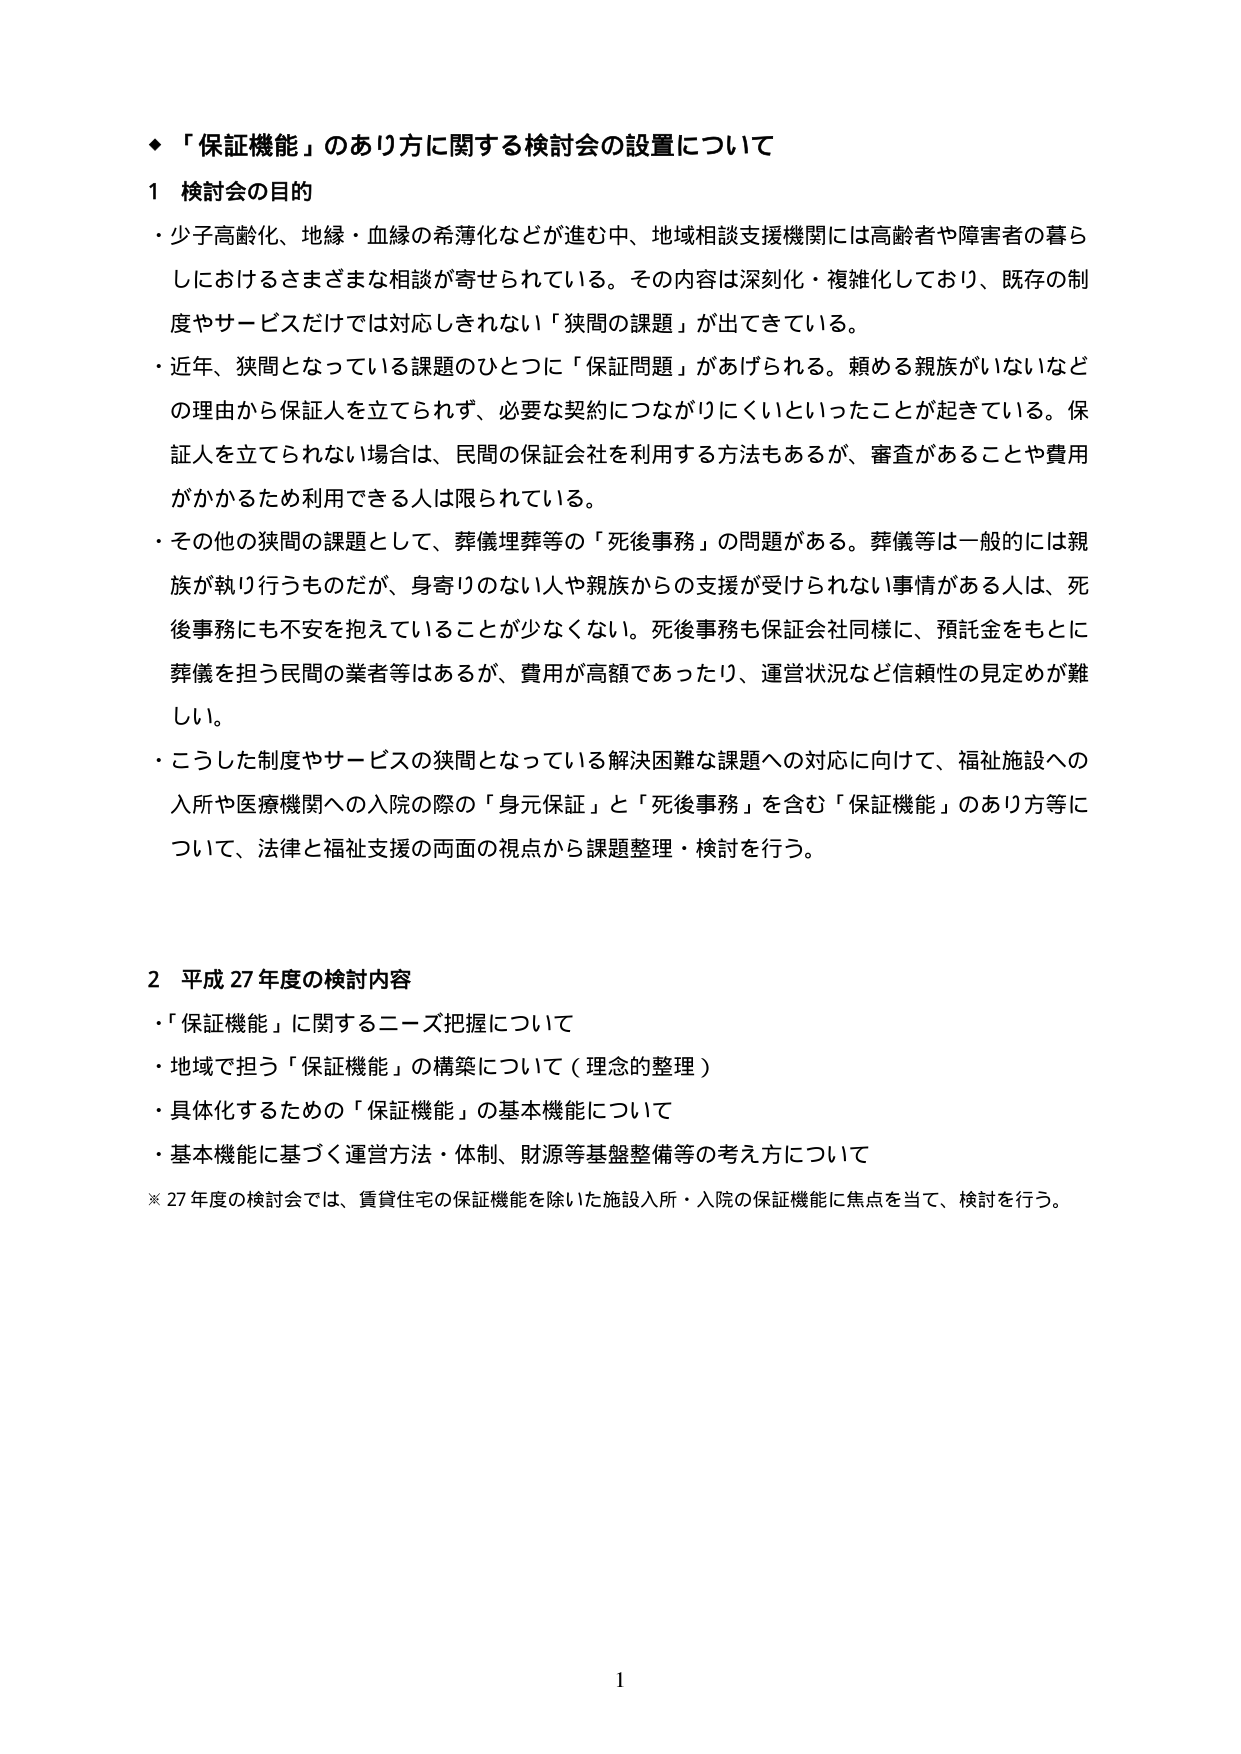
◆「保証機能」のあり方に関する検討会の設置について

1 検討会の目的
・少子高齢化、地縁・血縁の希薄化などが進む中、地域相談支援機関には高齢者や障害者の暮らしにおけるさまざまな相談が寄せられている。その内容は深刻化・複雑化しており、既存の制度やサービスだけでは対応しきれない「狭間の課題」が出てきている。
・近年、狭間となっている課題のひとつに「保証問題」があげられる。頼める親族がいないなどの理由から保証人を立てられず、必要な契約につながりにくいといったことが起きている。保証人を立てられない場合は、民間の保証会社を利用する方法もあるが、審査があることや費用がかかるため利用できる人は限られている。
・その他の狭間の課題として、葬儀埋葬等の「死後事務」の問題がある。葬儀等は一般的には親族が執り行うものだが、身寄りのない人や親族からの支援が受けられない事情がある人は、死後事務にも不安を抱えていることが少なくない。死後事務も保証会社同様に、預託金をもとに葬儀を担う民間の業者等はあるが、費用が高額であったり、運営状況など信頼性の見定めが難しい。
・こうした制度やサービスの狭間となっている解決困難な課題への対応に向けて、福祉施設への入所や医療機関への入院の際の「身元保証」と「死後事務」を含む「保証機能」のあり方等について、法律と福祉支援の両面の視点から課題整理・検討を行う。

2 平成27年度の検討内容
・「保証機能」に関するニーズ把握について
・地域で担う「保証機能」の構築について（理念の整理）
・具体化するための「保証機能」の基本機能について
・基本機能に基づく運営方法・体制、財源等基盤整備等の考え方について
※27年度の検討会では、賃貸住宅の保証機能を除いた施設入所・入院の保証機能に焦点を当て、検討を行う。

1